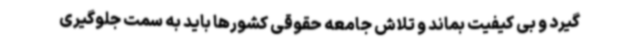
گیرد و بی کیفیت بماند و تلاش جامعه حقوقی کشورها باید به سمت جلوگیری